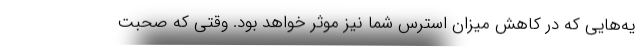
یه‌هایی که در کاهش میزان استرس شما نیز موثر خواهد بود. وقتی که صحبت